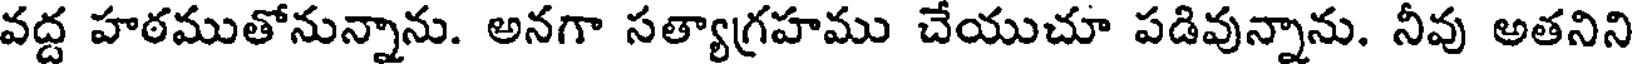
వద్ద హఠముతోనున్నాను. అనగా సత్యాగ్రహము చేయుచూ పడివున్నాను. నీవు అతనిని